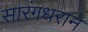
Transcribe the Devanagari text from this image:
सारंगधराने